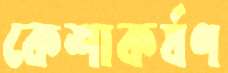
কেশাকর্ষণ